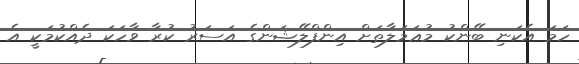
ހަމަ އެކަނި ބޭންކު މުޢަމަލާތަށް އިންފްލޭޝަންގެ އަސަރު ކުރާ ވާހަކަ ދެއްކުމަކީ އެ